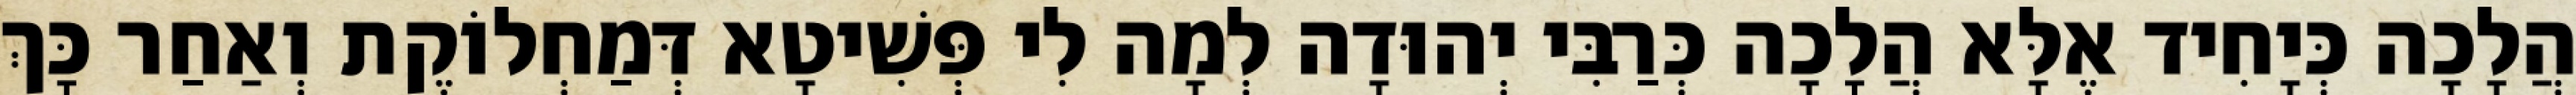
הֲלָכָה כְּיָחִיד אֶלָּא הֲלָכָה כְּרַבִּי יְהוּדָה לְמָה לִי פְּשִׁיטָא דְּמַחְלוֹקֶת וְאַחַר כָּךְ